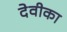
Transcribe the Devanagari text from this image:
देवीका